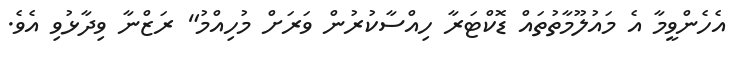
އެހެންވީމާ އެ މައުލޫމާތުތައް ޑޮކްޓަރާ ހިއްސާކުރުން ވަރަށް މުހިއްމު" ރަޒްނާ ވިދާޅުވި އެވެ.